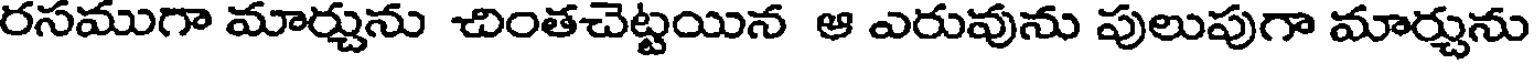
రసముగా మార్చును చింతచెట్టయిన ఆ ఎరువును పులుపుగా మార్చును